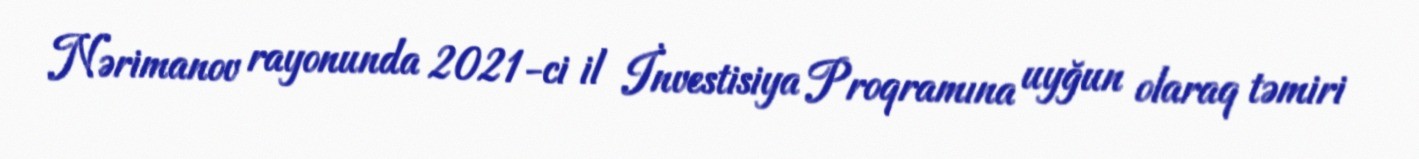
Nərimanov rayonunda 2021-ci il İnvestisiya Proqramına uyğun olaraq təmiri